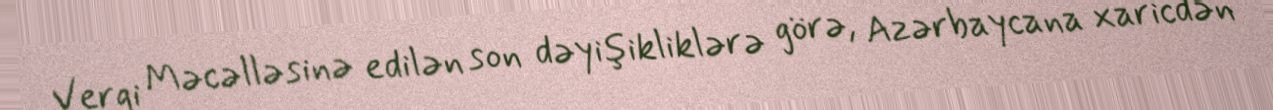
Vergi Məcəlləsinə edilən son dəyişikliklərə görə, Azərbaycana xaricdən